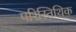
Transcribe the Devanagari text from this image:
परिस्तिथिक